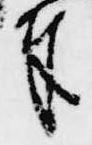
奉